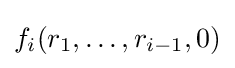
f_{i}(r_{1},\dots ,r_{i-1},0)